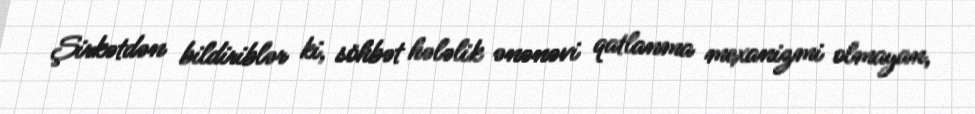
Şirkətdən bildiriblər ki, söhbət hələlik ənənəvi qatlanma mexanizmi olmayan,